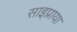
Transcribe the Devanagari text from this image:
साइप्राया